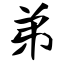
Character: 弟